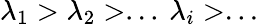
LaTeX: \lambda_{1}>\lambda_{2}>...\: \lambda_{i}>...